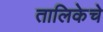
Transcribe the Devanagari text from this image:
तालिकेचे